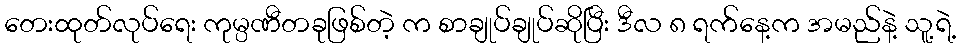
တေးထုတ်လုပ်ရေး ကုမ္ပဏီတခုဖြစ်တဲ့ က စာချုပ်ချုပ်ဆိုပြီး ဒီလ ၈ ရက်နေ့က အမည်နဲ့ သူ့ရဲ့